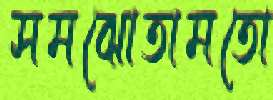
সমঝোতামতো